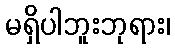
မရှိပါဘူးဘုရား၊